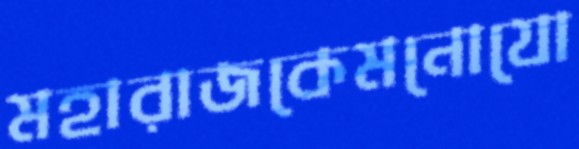
মহারাজকেমনোযো